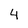
Character: 4